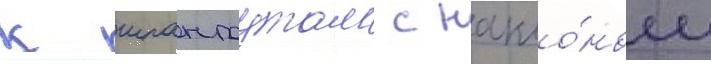
к шпангоутам с накло́ном